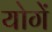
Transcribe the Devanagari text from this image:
योगें